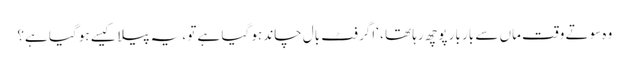
وہ سوتے وقت ماں سے بار بار پوچھ رہا تھا ، ‘اگر فٹ بال چاند ہو گیا ہے تو ، یہ پیلا کیسے ہو گیا ہے؟